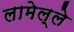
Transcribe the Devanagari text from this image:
लामेल्ले